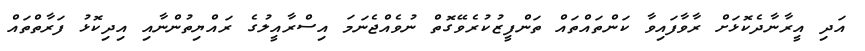
އަދި އީރާނާދެކޮޅަށް ރާވާފައިވާ ކަންތައްތައް ތަންފީޒުކުރެވޭގޮތް ނުވެއްޖެނަމަ އިސްރާއީލުގެ ރައްޔިތުންނާއި އިދިކޮޅު ފަރާތްތައް